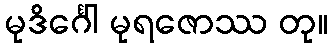
မုဒိင်္ဂေါ မုရဇောဿ တု။